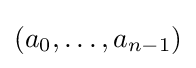
(a_{0},\ldots ,a_{n-1})